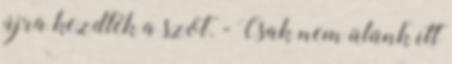
újra kezdték a szót. - Csak nem ülünk itt